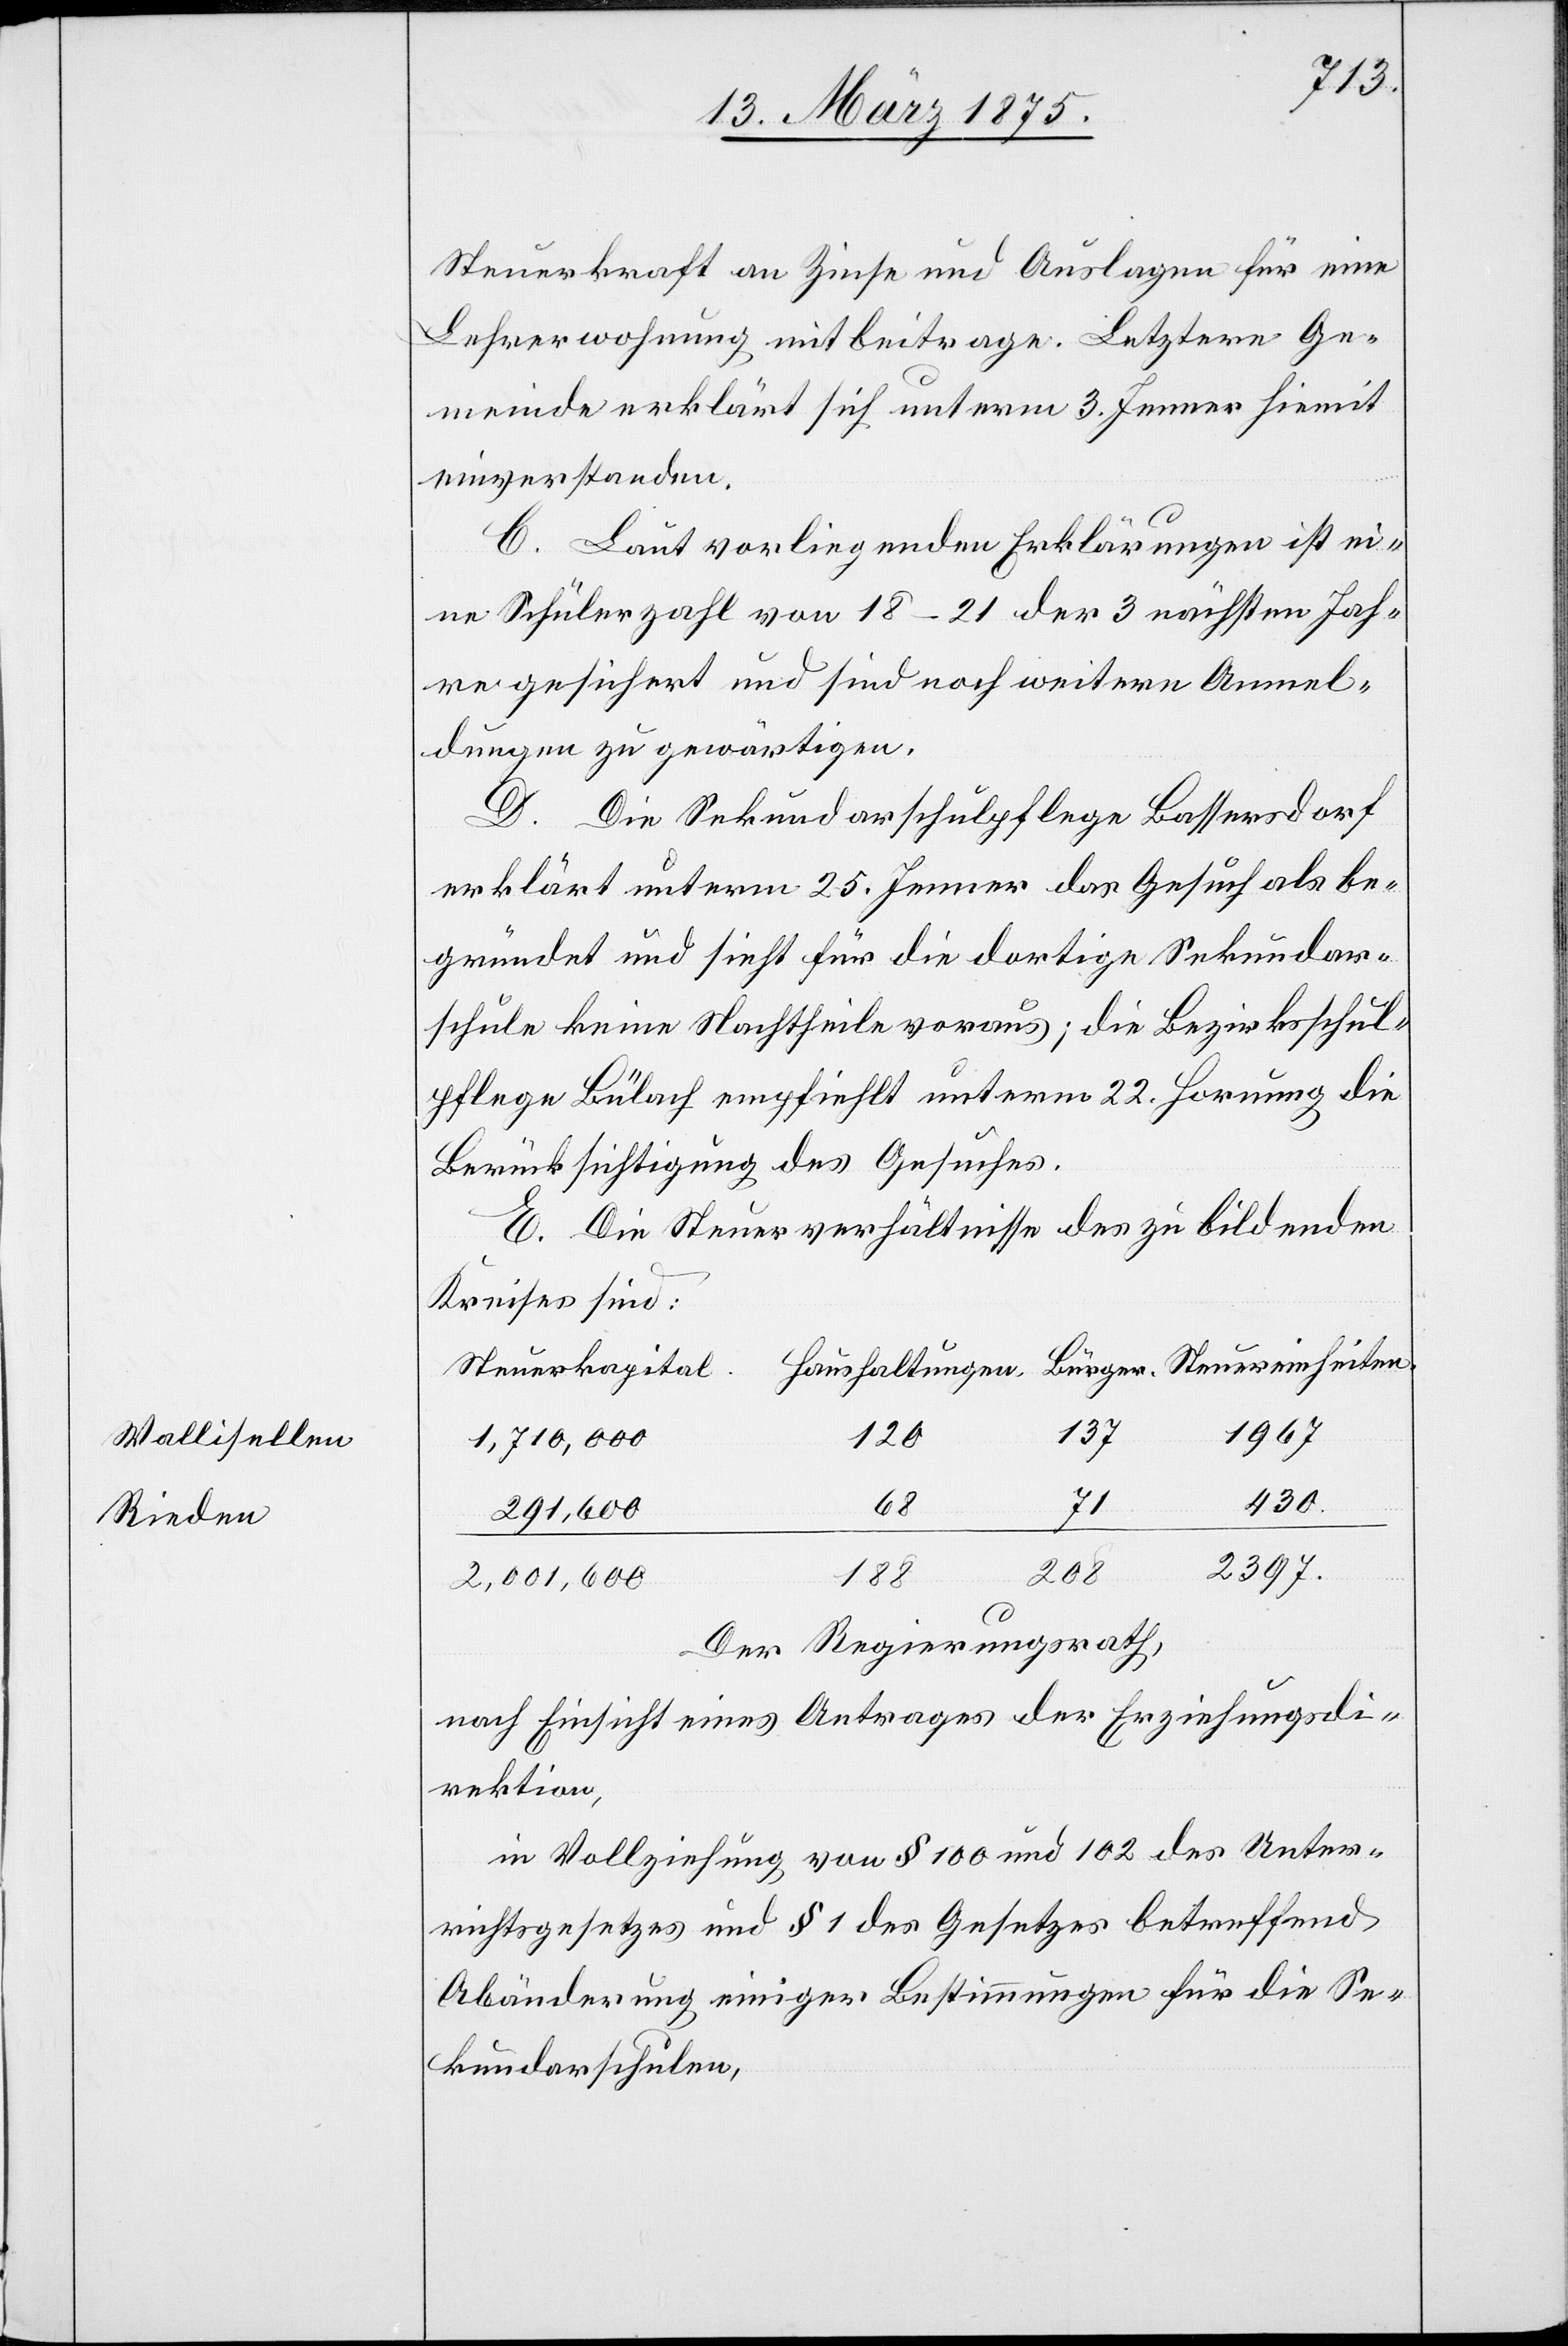
Wallisellen
Rieden

Steuerkraft an Zinse und Auslagen für eine
Lehrerwohnung mit beitrage. Letztere Ge¬
meinde erklärt sich unterm 3. Jenner hiemit
einverstanden.
C. Laut vorliegenden Erklärungen ist ei¬
ne Schülerzahl von 18–21 der 3 nächsten Jah¬
re gesichert und sind noch weitere Anmel¬
dungen zu gewärtigen.
D. Die Sekundarschulpflege Bassersdorf
erklärt unterm 25. Jenner das Gesuch als be¬
gründet und sieht für die dortige Sekundar¬
schule keine Nachtheile voraus; die Bezirksschul¬
pflege Bülach empfiehlt unterm 22. Hornung die
Berücksichtigung des Gesuches.
E. Die Steuerverhältnisse des zu bildenden
Kreises sind:
1967
137
120
1,710,000
430
68
291,600
2397
208
188
2,001,600
Der Regierungsrath,
nach Einsicht eines Antrages der Erziehungsdi¬
rektion,
in Vollziehung von § 100 und 102 des Unter¬
richtgesetzes und § 1 des Gesetzes betreffend
Abänderung einiger Bestimmungen für die Se¬
kundarschulen,